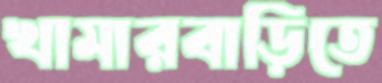
খামারবাড়িতে